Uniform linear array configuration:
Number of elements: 64
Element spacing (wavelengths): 0.75
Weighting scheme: cosine
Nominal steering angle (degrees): -60
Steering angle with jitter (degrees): -61.61
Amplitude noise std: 0.05
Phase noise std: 0.05

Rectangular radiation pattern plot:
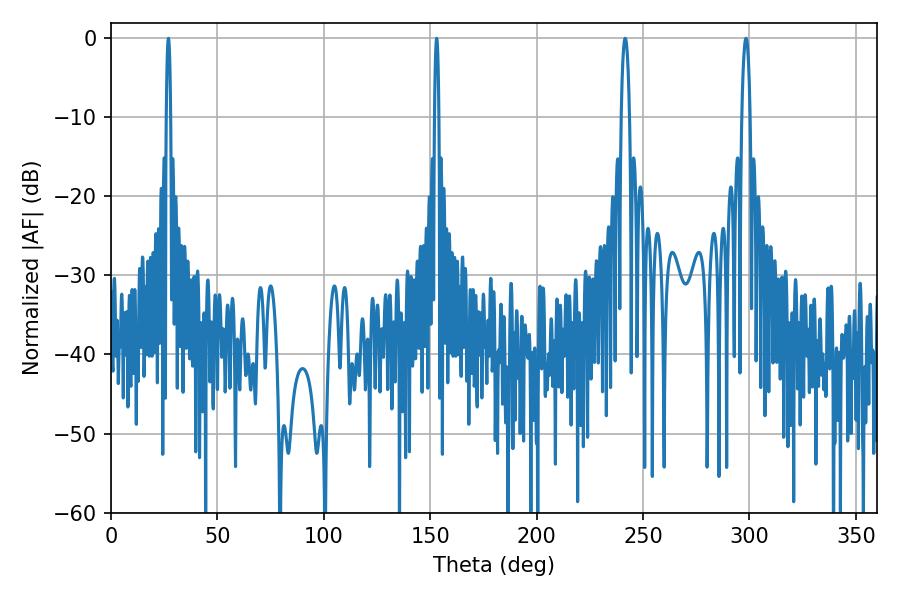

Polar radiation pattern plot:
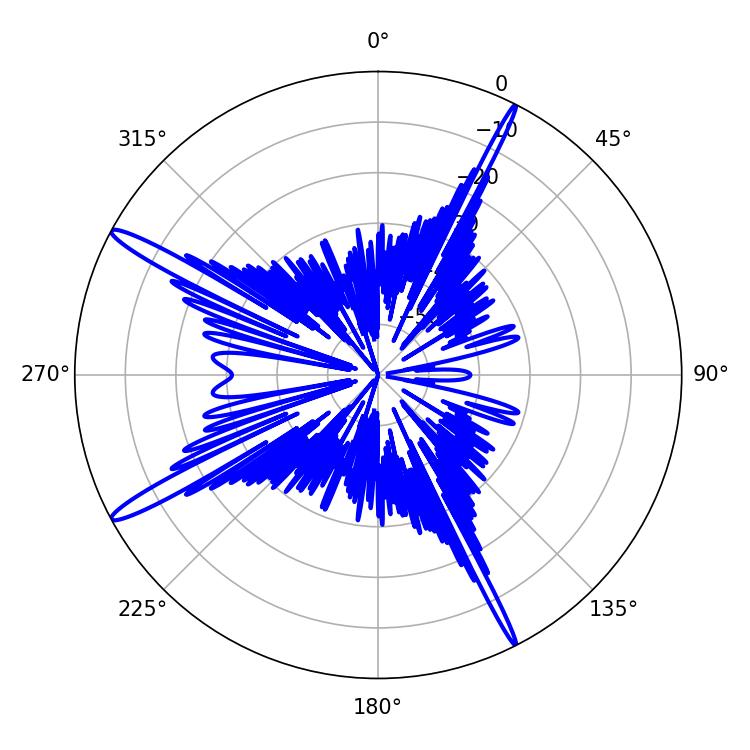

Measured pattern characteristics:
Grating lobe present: TRUE
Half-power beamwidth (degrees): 1.08
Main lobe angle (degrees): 27